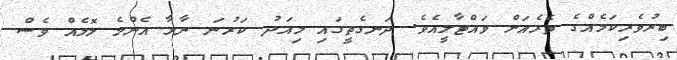
ބިރުވެރިކަމެއްގެ ތެރެއަށް ވައްޓާލީއެވެ. ދަނގެތީގައި މިއަދު ކަރުނަ ނާޅާ އެންމެ ލޮލެއް ވެސް